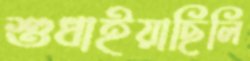
শুধাইয়াছিলি